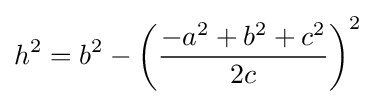
h^{2}=b^{2}-\left({\frac {-a^{2}+b^{2}+c^{2}}{2c}}\right)^{2}